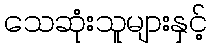
သေဆုံးသူများနှင့်